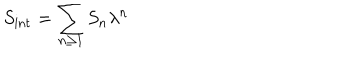
LaTeX: S _ { \mathrm { i n t } } = \sum _ { n \ge 1 } S _ { n } \lambda ^ { n }